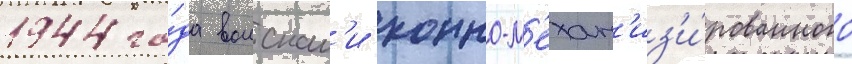
1944 го́да воискам'и конно-м'ехан'из'и́рованного